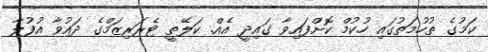
ކަމުގެ ތުހުމަތުގައި ހުކުމް ކޮށްފައިވާ ގައިދީ އެއް. ކަލޭތީ ޓެރަރިޒަމްގެ ދައުވާ އުފުލާ